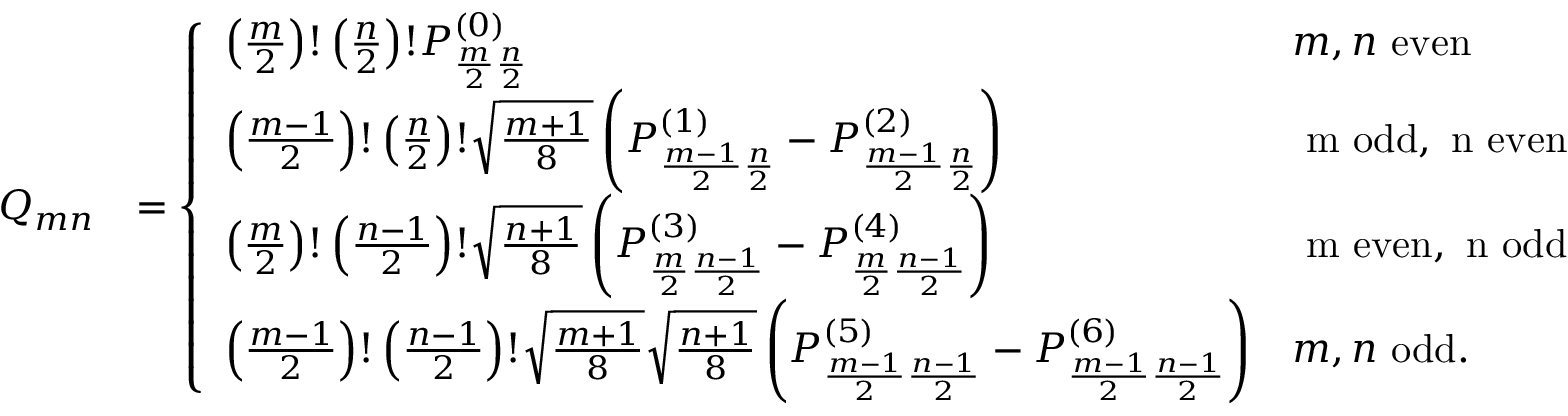
\begin{array} { r l } { Q _ { m n } } & { = \left\{ \begin{array} { l l } { \left( \frac { m } { 2 } \right) ! \left( \frac { n } { 2 } \right) ! P _ { \frac { m } { 2 } \frac { n } { 2 } } ^ { ( 0 ) } } & { m , n \mathrm { ~ e v e n } } \\ { \left( \frac { m - 1 } { 2 } \right) ! \left( \frac { n } { 2 } \right) ! \sqrt { \frac { m + 1 } { 8 } } \left( P _ { \frac { m - 1 } { 2 } \frac { n } { 2 } } ^ { ( 1 ) } - P _ { \frac { m - 1 } { 2 } \frac { n } { 2 } } ^ { ( 2 ) } \right) } & { \mathrm { ~ m ~ o d d , ~ n ~ e v e n } } \\ { \left( \frac { m } { 2 } \right) ! \left( \frac { n - 1 } { 2 } \right) ! \sqrt { \frac { n + 1 } { 8 } } \left( P _ { \frac { m } { 2 } \frac { n - 1 } { 2 } } ^ { ( 3 ) } - P _ { \frac { m } { 2 } \frac { n - 1 } { 2 } } ^ { ( 4 ) } \right) } & { \mathrm { ~ m ~ e v e n , ~ n ~ o d d } } \\ { \left( \frac { m - 1 } { 2 } \right) ! \left( \frac { n - 1 } { 2 } \right) ! \sqrt { \frac { m + 1 } { 8 } } \sqrt { \frac { n + 1 } { 8 } } \left( P _ { \frac { m - 1 } { 2 } \frac { n - 1 } { 2 } } ^ { ( 5 ) } - P _ { \frac { m - 1 } { 2 } \frac { n - 1 } { 2 } } ^ { ( 6 ) } \right) } & { m , n \mathrm { ~ o d d . } } \end{array} \right. } \end{array}